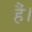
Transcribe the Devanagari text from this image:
हैं।